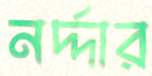
নর্দ্দার